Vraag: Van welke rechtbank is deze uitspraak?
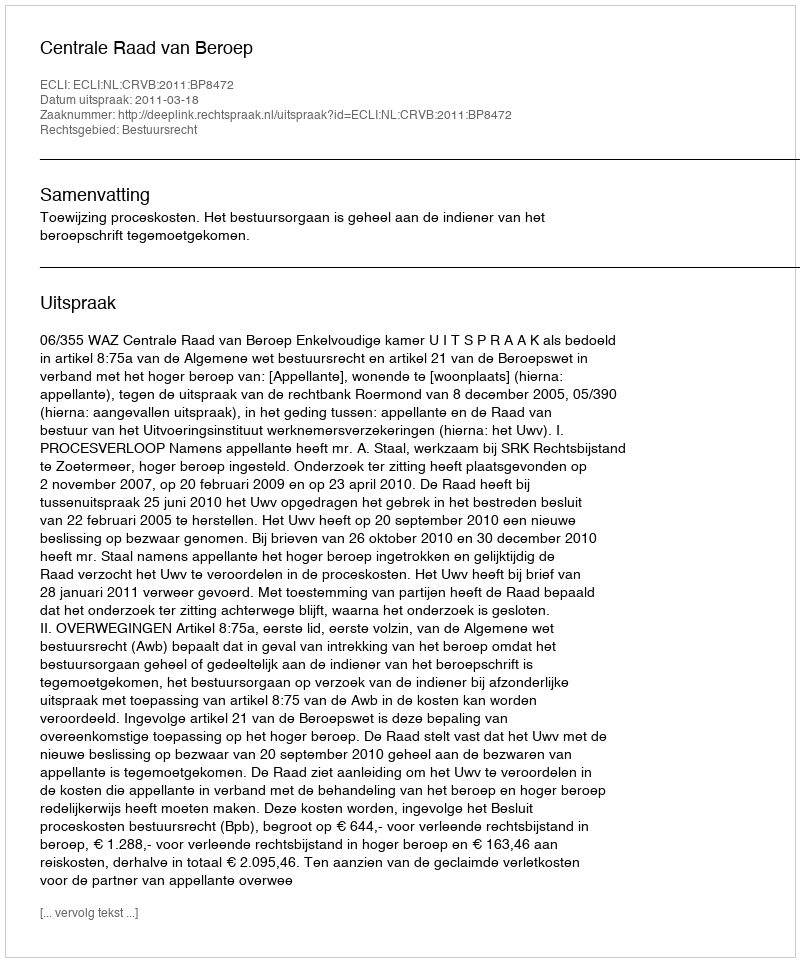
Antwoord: Centrale Raad van Beroep